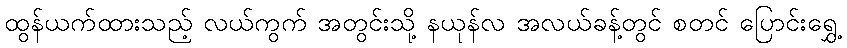
ထွန်ယက်ထားသည့် လယ်ကွက် အတွင်းသို့ နယုန်လ အလယ်ခန့်တွင် စတင် ပြောင်းရွှေ့